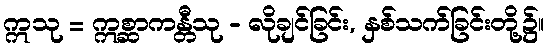
ဣသု = ဣစ္ဆာကန္တီသု - လိုချင်ခြင်း, နှစ်သက်ခြင်းတို့၌။